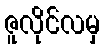
ဇူလိုင်လမှ